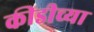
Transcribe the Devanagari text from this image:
कीडीच्या